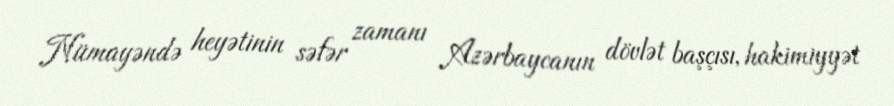
Nümayəndə heyətinin səfər zamanı Azərbaycanın dövlət başçısı, hakimiyyət